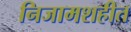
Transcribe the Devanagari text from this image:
निजामशहीत